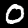
Label: 0